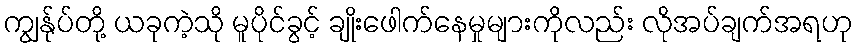
ကျွန်ုပ်တို့ ယခုကဲ့သို မူပိုင်ခွင့် ချိုးဖေါက်နေမှုများကိုလည်း လိုအပ်ချက်အရဟု